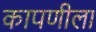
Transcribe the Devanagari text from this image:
कापणीला